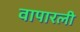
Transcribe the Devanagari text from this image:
वापारली